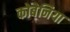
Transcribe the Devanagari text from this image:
कोबेनिया